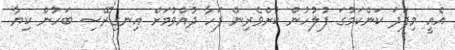
އެއީ މިފަދަ ކަންކަމުގަ ފުލުހުން ކުށްވެރިން ފަހާ ދުއްވުމަށް އިނގިރޭސި ބަހުން ކިޔާ